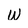
Character: W